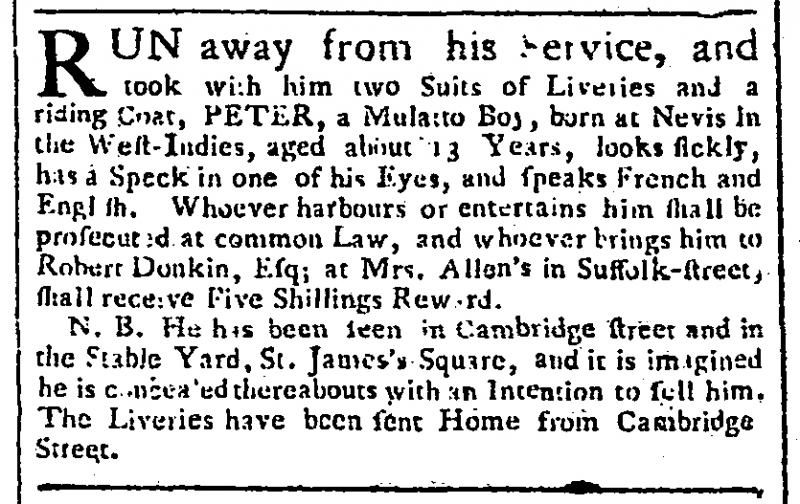
Gazetteer and New Daily Advertiser, 26 March 1765 (England)
RUN away from his Service, and took with him two Suits of Liveries and a riding Coat, PETER, a Mulatto Boy, born at Nevis in the West-Indies, aged about 13 Years, looks sickly, has a Speck in one of his Eyes, and speaks French and English. Whoever harbours or entertains him shall be prosecuted at common Law, and whoever brings him to Robert Donkin, Esq; at Mrs. Allen’s in Suffolk-street, shall receive Five Shillings Reward.  N.B. He has been seen in Cambridge street and in the Stable Yard, St. James’s Square, and it is imagined he is concealed thereabouts with an Intention to sell him. The Liveries have been sent Home from Cambridge Street.